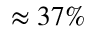
\approx 3 7 \%